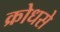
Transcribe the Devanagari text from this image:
क्रोधसे